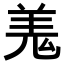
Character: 𮊦